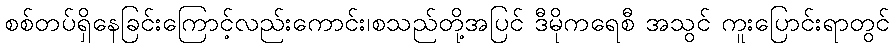
စစ်တပ်ရှိနေခြင်းကြောင့်လည်းကောင်း၊စသည်တို့အပြင် ဒီမိုကရေစီ အသွင် ကူးပြောင်းရာတွင်